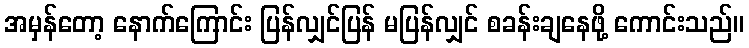
အမှန်တော့ နောက်ကြောင်း ပြန်လျှင်ပြန် မပြန်လျှင် စခန်းချနေဖို့ ကောင်းသည်။